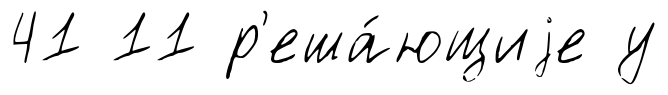
41 11 р'еша́ющиjе у